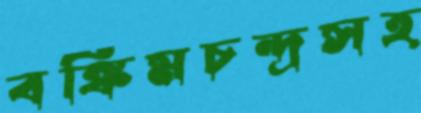
বঙ্কিমচন্দ্রসহ